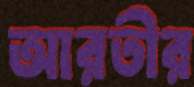
আরতীর